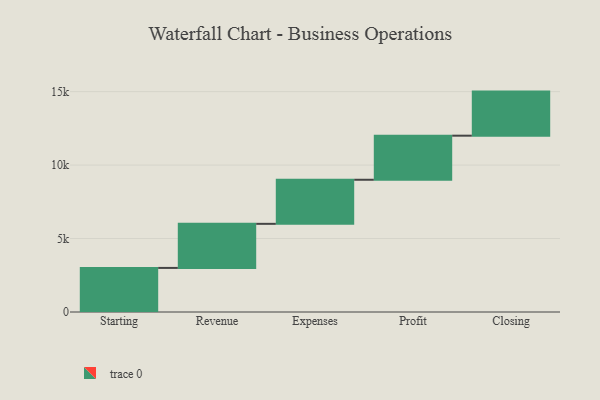
{"axis": {"x": "Step", "y": "Value"}, "legend": [""], "data": [{"x": "Starting", "y": 3000, "type": ""}, {"x": "Revenue", "y": 3000, "type": ""}, {"x": "Expenses", "y": 3000, "type": ""}, {"x": "Profit", "y": 3000, "type": ""}, {"x": "Closing", "y": 3000, "type": ""}]}